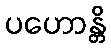
ပဟောန္တိ